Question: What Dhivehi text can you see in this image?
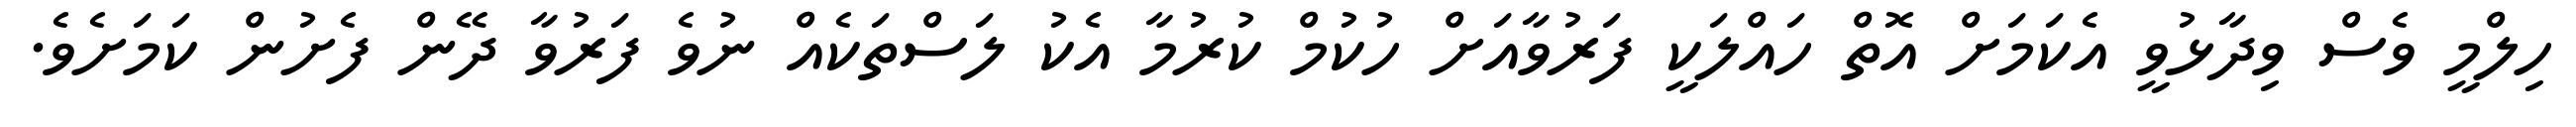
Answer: ހިލްމީ ވެސް ވިދާޅުވީ އެކަމަށް އޮތް ހައްލަކީ ފަރުވާއަށް ހުކުމް ކުރުމާ އެކު ލަސްތަކެއް ނުވެ ފަރުވާ ދޭން ފެށުން ކަމަށެވެ.